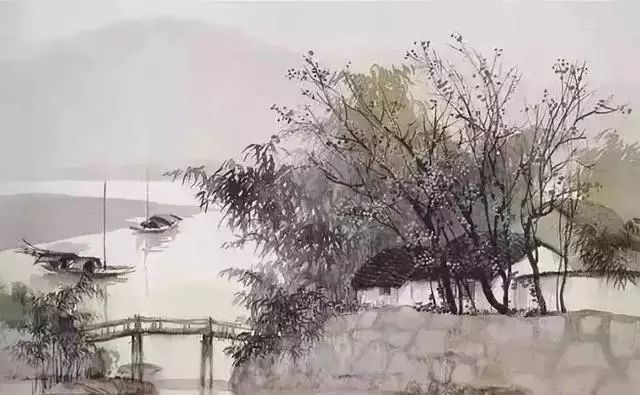
晓月坠，宿云微，无语枕频欹。